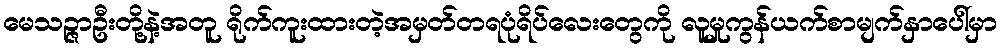
မေသဉ္ဇာဦးတို့နဲ့အတူ ရိုက်ကူးထားတဲ့အမှတ်တရပုံရိပ်လေးတွေကို လူမှုကွန်ယက်စာမျက်နှာပေါ်မှာ